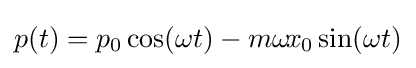
p(t)=p_{0}\cos(\omega t)-m\omega \!x_{0}\sin(\omega t)